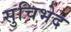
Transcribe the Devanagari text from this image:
सुचिभेद